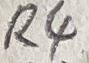
Text: R4